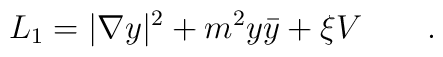
L_1=|\nabla y|^2+m^2y\bar{y}+\xi V\qquad.